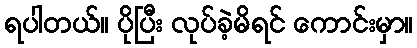
ရပါတယ်။ ပိုပြီး လုပ်ခဲ့မိရင် ကောင်းမှာ။